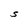
Character: S